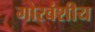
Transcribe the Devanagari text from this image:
गोरवंशीय